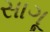
સાગૂ